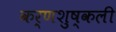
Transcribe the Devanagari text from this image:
कर्णशुष्कली